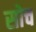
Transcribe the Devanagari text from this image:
सोच